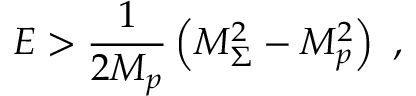
E > { \frac { 1 } { 2 M _ { p } } } \left( M _ { \Sigma } ^ { 2 } - M _ { p } ^ { 2 } \right) \ ,